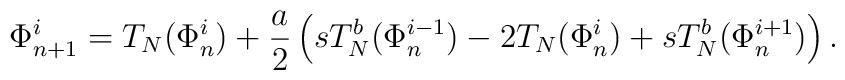
\Phi_{n+1}^i=T_N(\Phi_n^i)+\frac{a}{2} \left(sT_N^b(\Phi_n^{i-1})-2T_N(\Phi_n^i)+sT_N^b(\Phi_n^{i+1}) \right) .